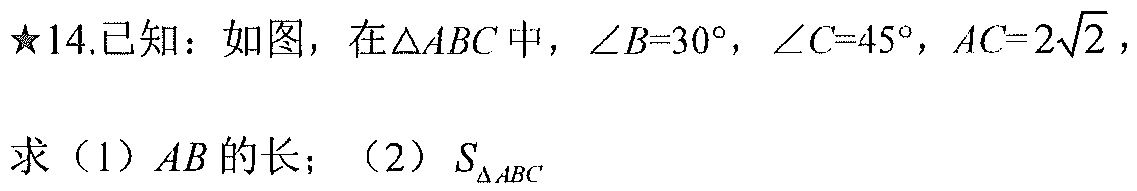
★14.已知：如图，在\(\triangle ABC\)中，\(\angle B = 30^{\circ}\)，\(\angle C = 45^{\circ}\)，\(AC = 2\sqrt{2}\)，
求（1）\(AB\)的长；（2）\(S_{\triangle ABC}\)